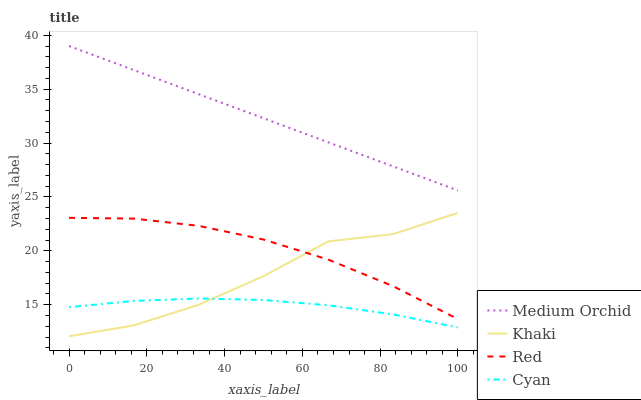
| xaxis_label | Medium Orchid | Khaki | Red | Cyan |
 | --- | --- | --- | --- | --- |
 | 0 | 39 | 12.1 | 23.1 | 14.8 |
 | 16.7 | 36.8 | 13.1 | 23 | 15.4 |
 | 33.3 | 34.5 | 15 | 22.3 | 15.6 |
 | 50 | 32.3 | 17.6 | 21.1 | 15.4 |
 | 66.7 | 30.1 | 20.9 | 19.2 | 15 |
 | 83.3 | 27.8 | 21.6 | 16.7 | 14.1 |
 | 100 | 25.6 | 23.5 | 13.7 | 12.9 |